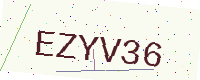
Text: EZYV36